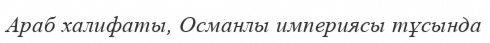
Араб халифаты, Османлы империясы тұсында